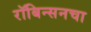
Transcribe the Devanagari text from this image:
रॉबिन्सनचा